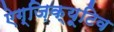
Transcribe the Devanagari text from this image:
ऐग्ज़िक्यूटिव